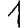
Digit: 1